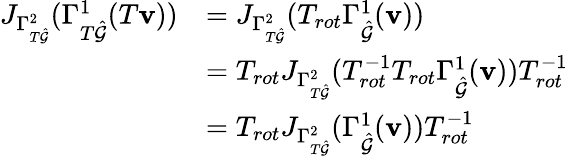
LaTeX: \begin{array}{rl}{J_{\Gamma_{T\hat{\mathcal{G}}}^{2}}(\Gamma_{T\hat{\mathcal{G}}}^{1}(T\mathbf{v}))}&{=J_{\Gamma_{T\hat{\mathcal{G}}}^{2}}(T_{rot}\Gamma_{\hat{\mathcal{G}}}^{1}(\mathbf{v}))}\\ &{=T_{rot}J_{\Gamma_{T\hat{\mathcal{G}}}^{2}}(T_{rot}^{-1}T_{rot}\Gamma_{\hat{\mathcal{G}}}^{1}(\mathbf{v}))T_{rot}^{-1}}\\ &{=T_{rot}J_{\Gamma_{T\hat{\mathcal{G}}}^{2}}(\Gamma_{\hat{\mathcal{G}}}^{1}(\mathbf{v}))T_{rot}^{-1}}\end{array}